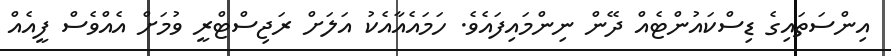
އިންސަތައިގެ ޑިސްކައުންޓެއް ދޭން ނިންމައިފައެވެ. ހަމައެއާއެކު އަލަށް ރަޖިސްޓްރީ ވުމަށް އެއްވެސް ފީއެއް